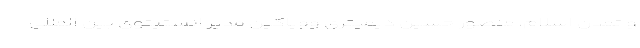
و تمدن اسلام، منصور حسین دیمیتری وویاکین مدیر انستیتوی بین المللی